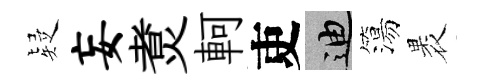
疑妄煑軻吏迪簜褁